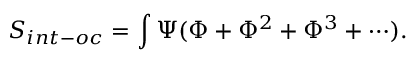
S _ { i n t - o c } = \int \Psi ( \Phi + \Phi ^ { 2 } + \Phi ^ { 3 } + \cdots ) .